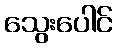
သွေးပေါင်